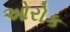
ઓરોક